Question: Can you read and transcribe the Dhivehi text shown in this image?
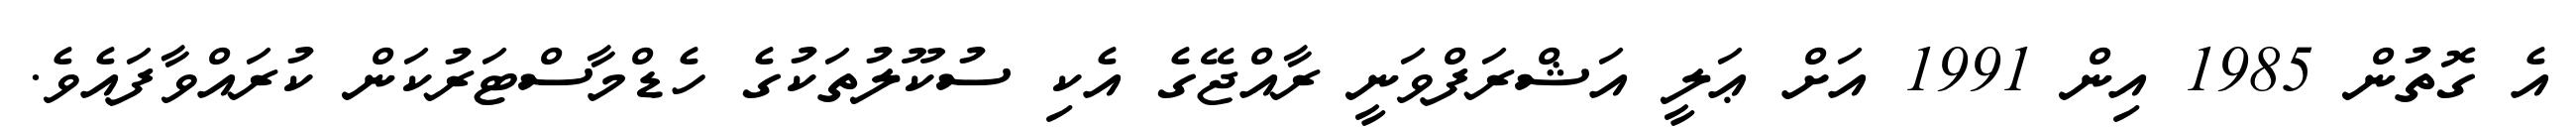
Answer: އެ ގޮތުން 1985 އިން 1991 އަށް ޢަލީ އަޝްރަފްވަނީ ރާއްޖޭގެ އެކި ސުކޫލުތަކުގެ ހެޑްމާސްޓަރުކަން ކުރައްވާފައެވެ.